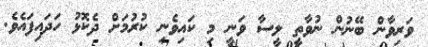
ވަރިވާން ބޭނުން ނުވާތީ ލީސާ ވަނީ މި ކައިވެނި ކުރުމަށް ދެކޮޅު ހަދައިފައެވެ.